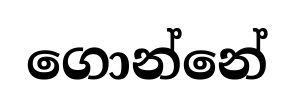
ගොන්නේ